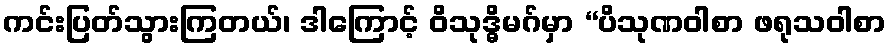
ကင်းပြတ်သွားကြတယ်၊ ဒါကြောင့် ဝိသုဒ္ဓိမဂ်မှာ “ပိသုဏဝါစာ ဖရုသဝါစာ